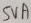
Text: 5VA